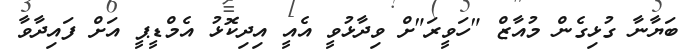
ބަޔާނާ ގުޅިގެން މުއާޒް "ހަވީރަ"ށް ވިދާޅުވީ އެއީ އިދިކޮޅު އެމްޑީޕީ އަށް ފައިދާވާ